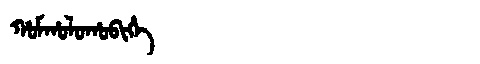
Manchu: ᡥᠣᠮᡥᠣᠯᠣᡥᠣᠪᡳᡥᡝ
Romanization: HOMHOLOHOBIHE